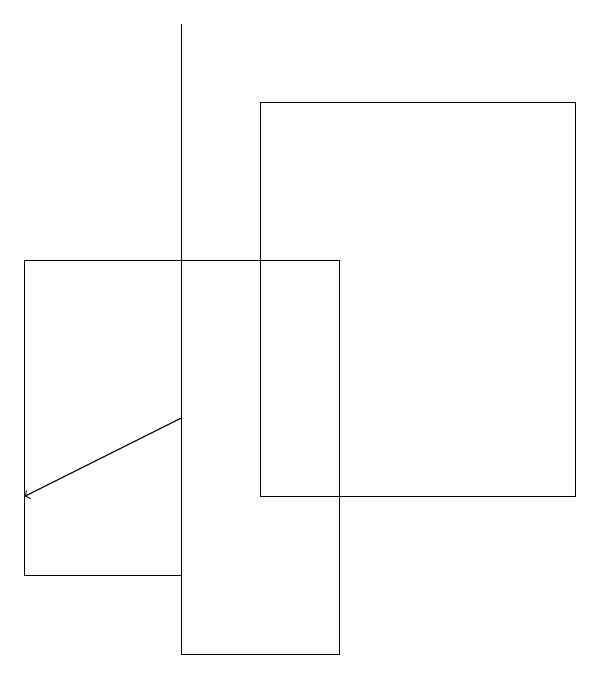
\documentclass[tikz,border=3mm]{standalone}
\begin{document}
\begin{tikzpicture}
\draw (3,10) rectangle (5,15);
\draw (4,12) rectangle (8,17);
\draw (3,12) rectangle (3,18);
\draw (3,11) rectangle (1,15);
\draw[->] (3,13) -- (1,12);
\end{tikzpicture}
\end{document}